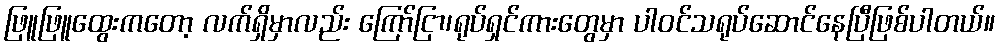
ဖြူဖြူထွေးကတော့ လက်ရှိမှာလည်း ကြော်ငြာ၊ရုပ်ရှင်ကားတွေမှာ ပါဝင်သရုပ်ဆောင်နေပြီဖြစ်ပါတယ်။